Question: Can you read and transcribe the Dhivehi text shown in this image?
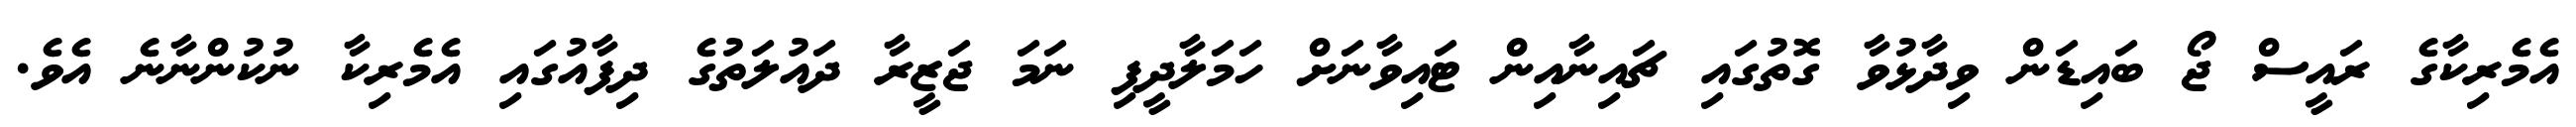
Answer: އެމެރިކާގެ ރައީސް ޖޯ ބައިޑަން ވިދާޅުވާ ގޮތުގައި ޗައިނާއިން ޓައިވާނަށް ހަމަލާދީފި ނަމަ ޖަޒީރާ ދައުލަތުގެ ދިފާއުގައި އެމެރިކާ ނުކުންނާނެ އެވެ.